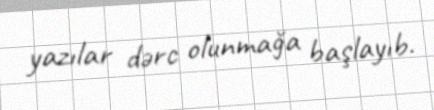
yazılar dərc olunmağa başlayıb.